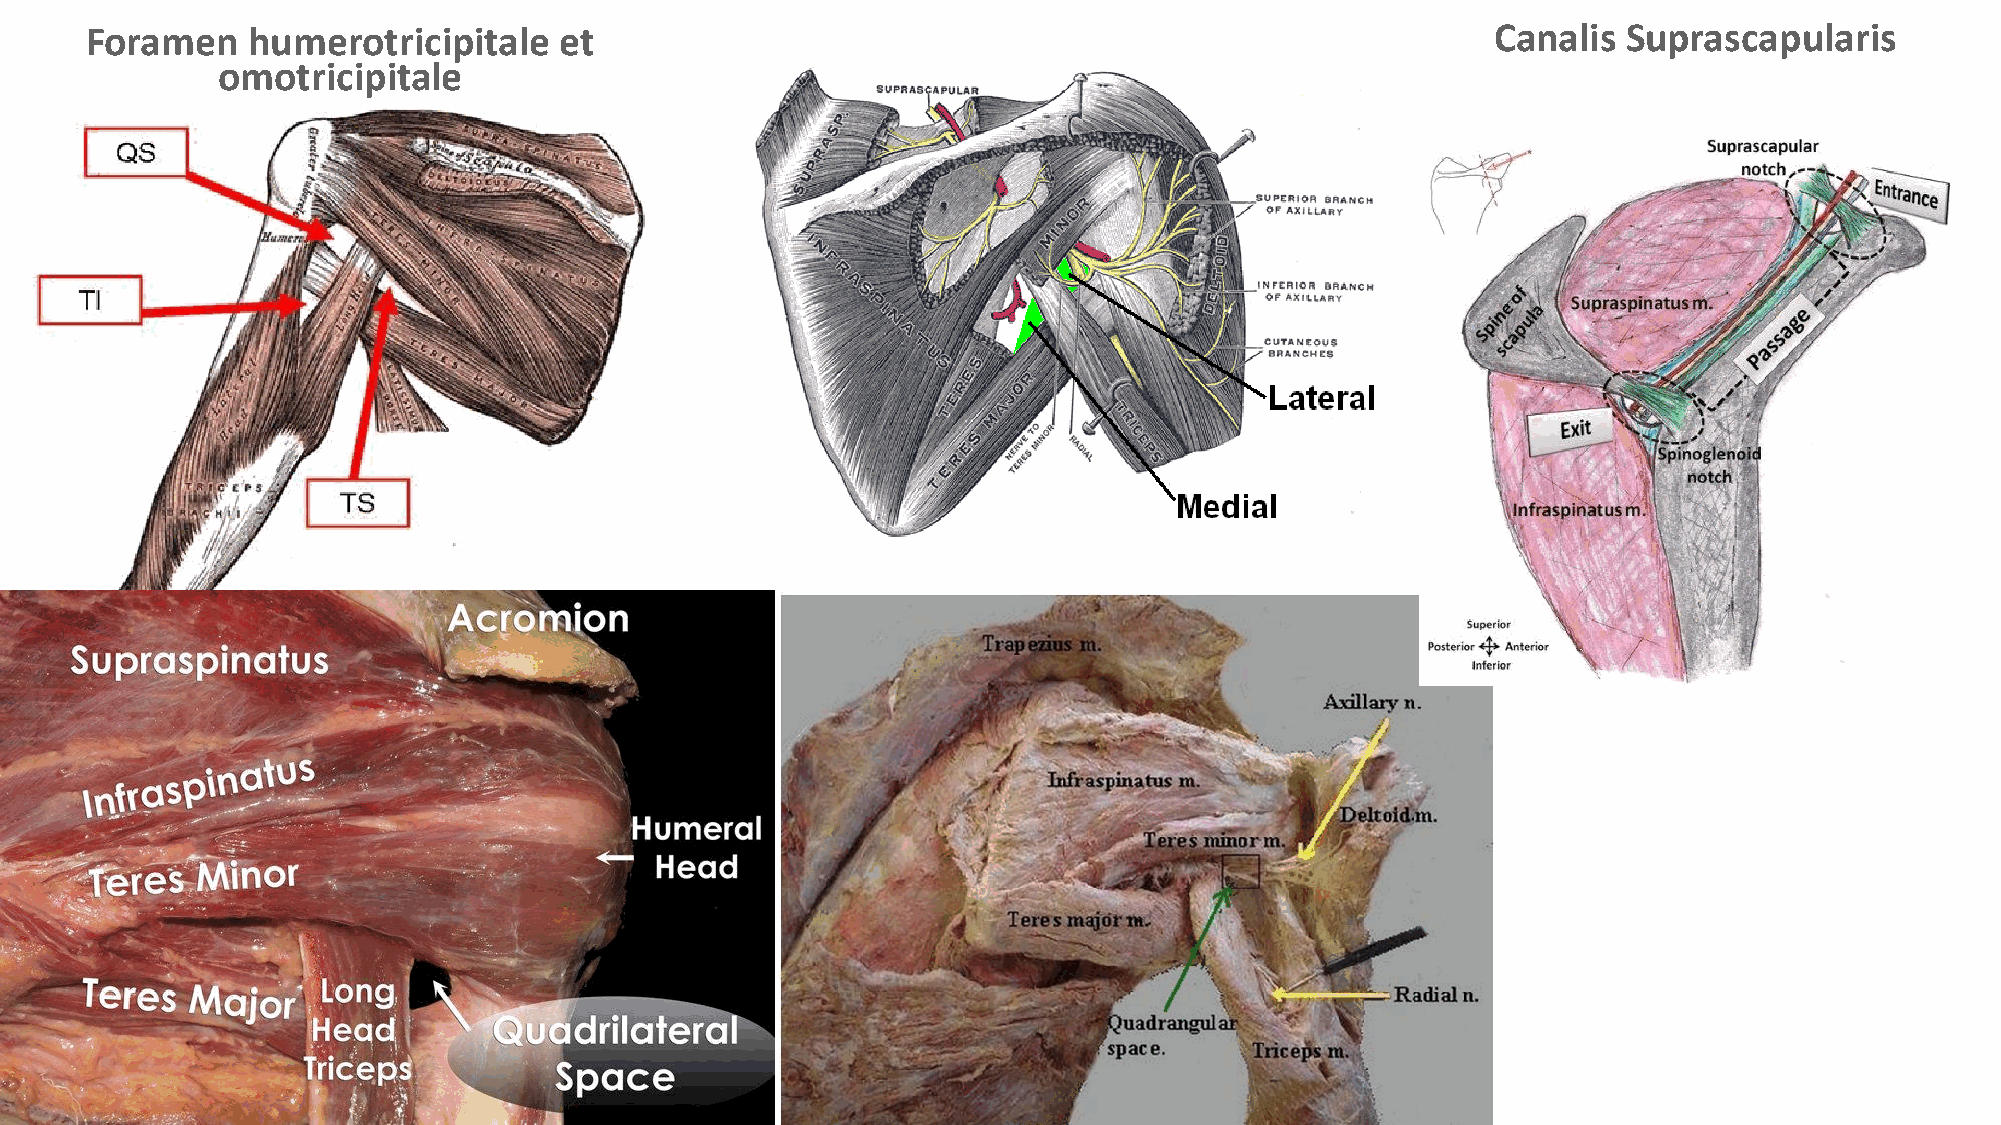
Foramen   humerotricipitale    et                                                            Canalis  Suprascapularis
 omotricipitale